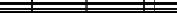
٤٢